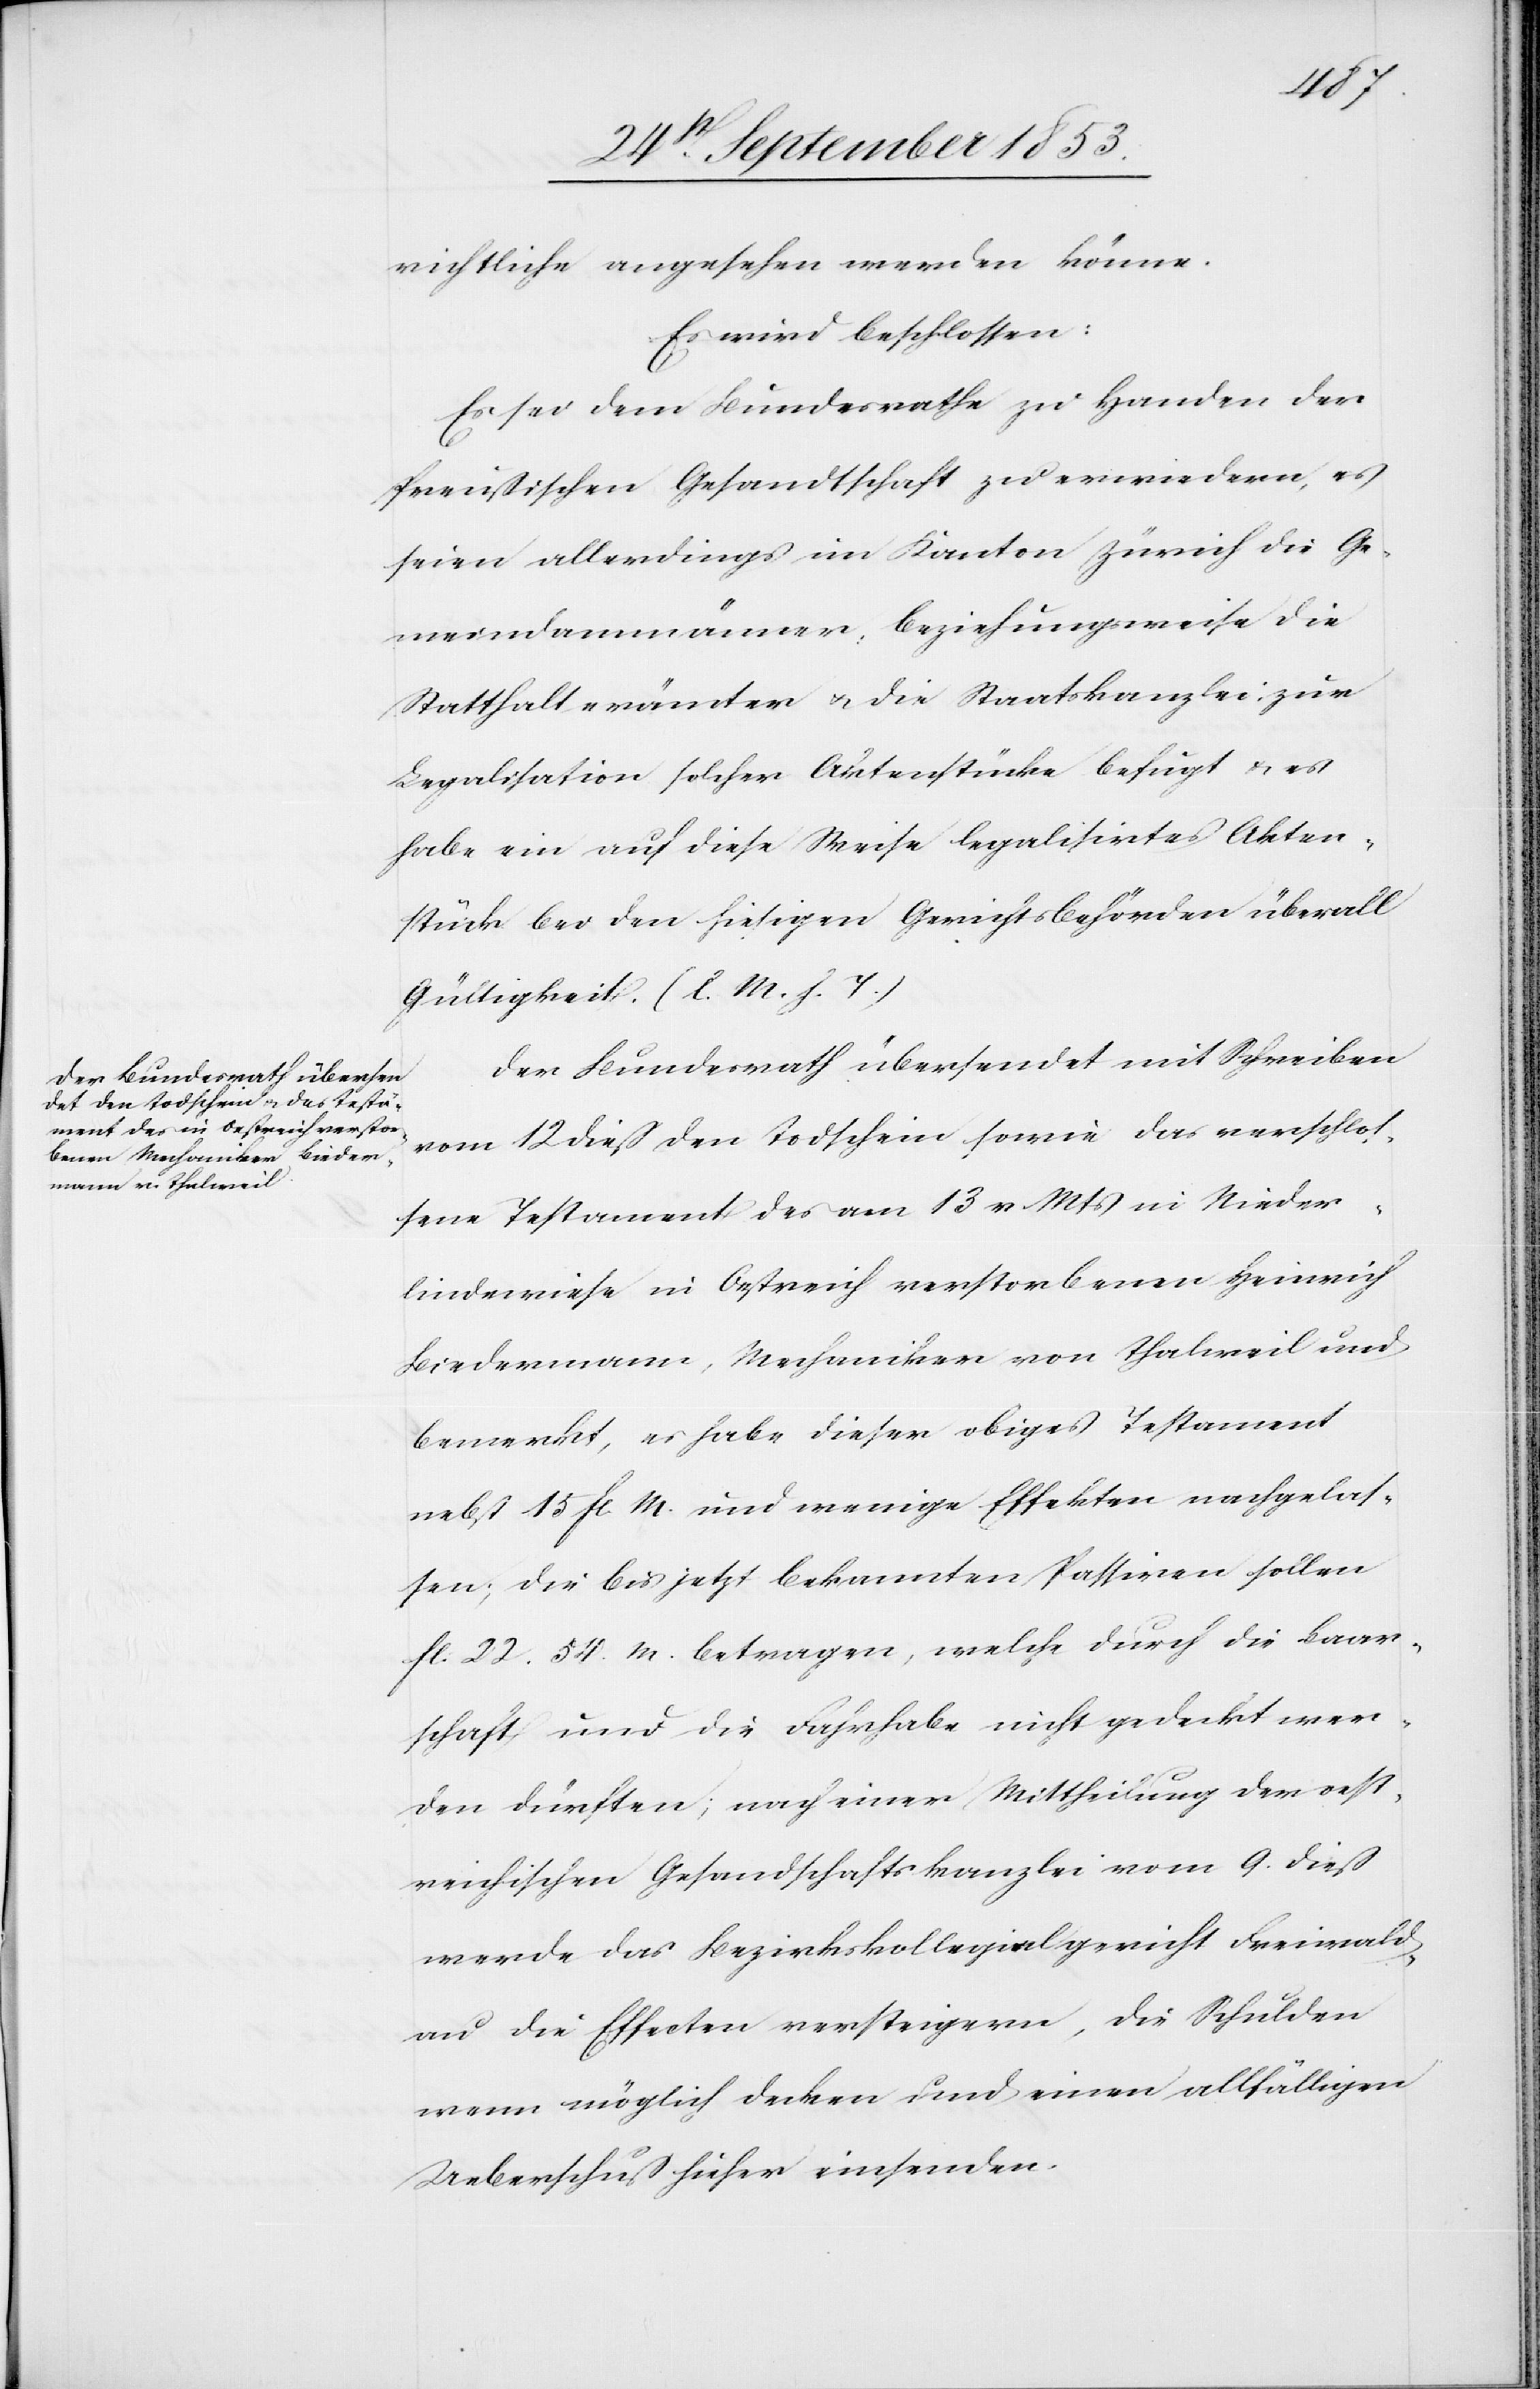
richtliche angsehen werden könne.
Es wird beschlossen:
Es sei dem Bundesrathe zu Handen der
Preußischen Gesandtschaft zu erwiedern, es
seien allerdings im Kanton Zürich die Ge¬
meindammänner, beziehungsweise die
Statthalterämter u. Staatskanzlei zur
Legalisation solcher Aktenstücke befugt u. es
habe ein auf diese Weise legalisirtes Akten¬
stück bei den hiesigen Gerichtsbehörden überall
Gültigkeit [l. M. h. T]
Der Bundesrath übersendet mit Schreiben
vom 12 dieß den Todschein sowie das verschlos¬
sene Testament des am 13 v. Mts. in Nieder¬
lindenwiese in Oestreich verstorbenen Heinrich
Biedermann, Mechaniker von Thalweil und
bemerkt, es habe dieser obiges Testament
nebst 15 fl W. und wenige Effekten nachgelas¬
sen; die bis jetzt bekannten Passiven sollen
fl. 22.54 W. betragen, welche durch die Baar¬
schaft und die Fahrhabe nicht gedeckt wer¬
den dürften; nach einer Mittheilung der oest¬
reichischen Gesandtschaftskanzlei vom 9 dieß
werde das Bezirkskollegialgericht Freiwald¬
au die Effekten versteigern, die Schulden
wenn möglich decken und einen allfälligen
Ueberschuß hieher einsenden.